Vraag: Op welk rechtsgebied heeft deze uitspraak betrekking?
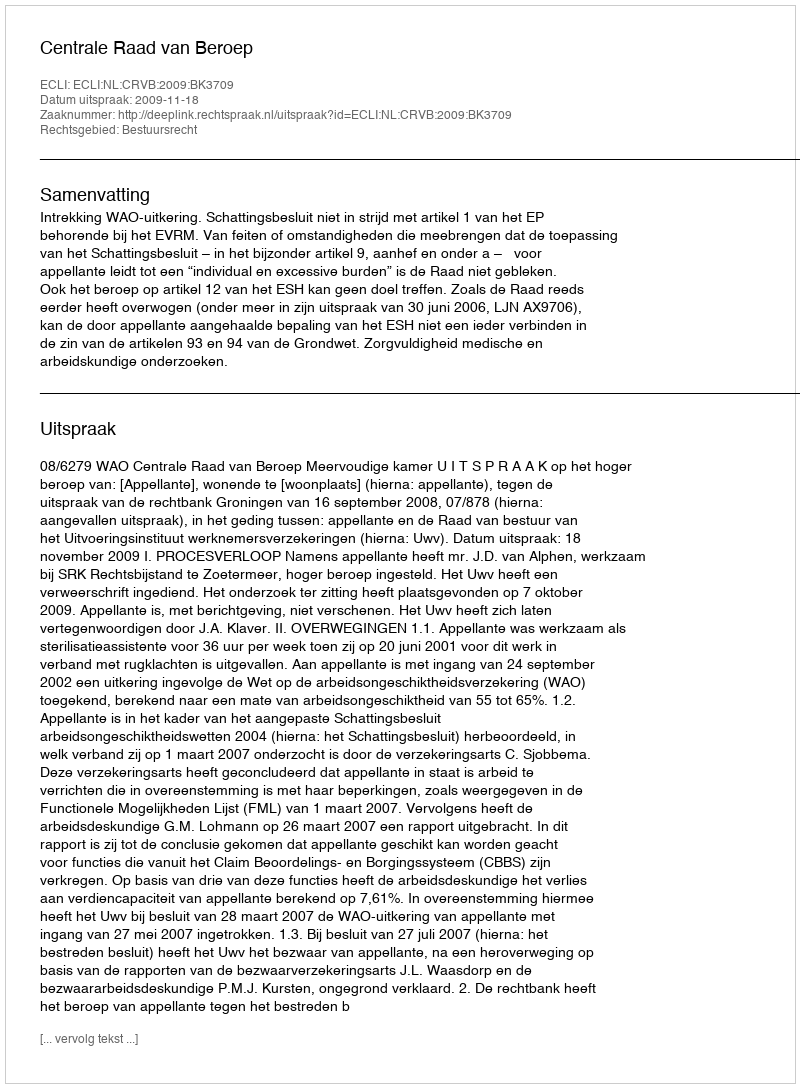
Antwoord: Bestuursrecht